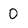
Character: 0